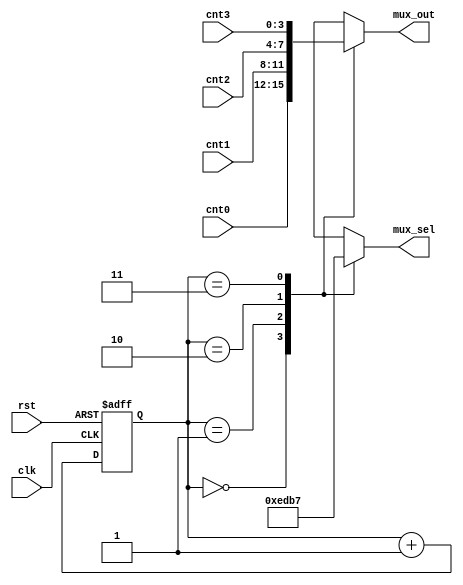
`timescale 1ns / 1ps
//multiplexer  FND 
module mux2 (clk, rst, cnt0, cnt1, cnt2, cnt3, mux_out, mux_sel);
    input clk;
    input rst;
    input [3:0]cnt0;
    input [3:0]cnt1;
    input [3:0]cnt2;
    input [3:0]cnt3;
    output [3:0] mux_out;
    output [3:0] mux_sel;
    
    wire [3:0] cnt0, cnt1, cnt2, cnt3;

    reg [3:0] mux_out, mux_sel;
    reg [1:0] mux_cnt;

    always@(posedge clk or posedge rst) begin //fnd counter
        if(rst) begin mux_cnt <= 2'b00;        end
        else    begin mux_cnt <= mux_cnt +1;   end
    end
    
    always @ ( mux_cnt ) begin
     case ( mux_cnt ) 
      2'b00: begin mux_out <= cnt0; mux_sel <= 4'b1110; end
      2'b01: begin mux_out <= cnt1; mux_sel <= 4'b1101; end
      2'b10: begin mux_out <= cnt2; mux_sel <= 4'b1011; end    
      2'b11: begin mux_out <= cnt3; mux_sel <= 4'b0111; end     
      endcase
   end   

endmodule